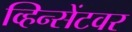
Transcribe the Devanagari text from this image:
व्हिन्सेंटवर